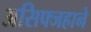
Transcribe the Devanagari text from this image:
असिफ्जहाने